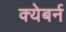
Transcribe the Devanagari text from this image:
क्येबर्न